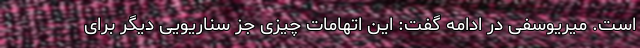
است. میریوسفی در ادامه گفت: این اتهامات چیزی جز سناریویی دیگر برای